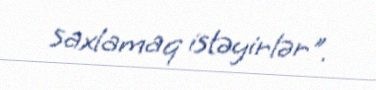
saxlamaq istəyirlər".